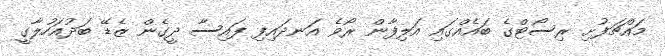
މައްޗަފުށި ރިސޯޓްގެ ބައެއްގައި އަލިފާން ރޯވެ އަނދައިފި ފައިސާ ދީގެން ޒެޑޭ ބަދުއަހުލާގީ